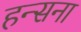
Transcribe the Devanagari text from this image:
हन्सना